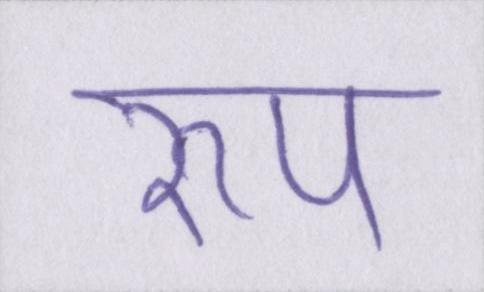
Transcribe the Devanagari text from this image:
रुप